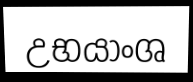
උභයාංශ